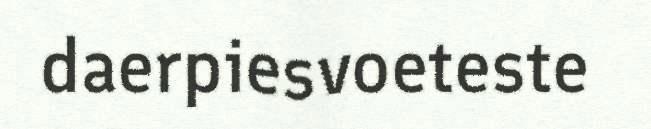
daerpiesvoeteste